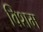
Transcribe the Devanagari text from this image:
विशम